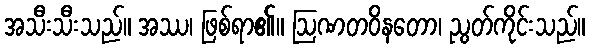
အသီးသီးသည်။ အဿ၊ ဖြစ်ရာ၏။ ဩဏတဝိနတော၊ ညွတ်ကိုင်းသည်။